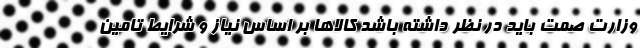
وزارت صمت باید در نظر داشته باشد کالاها بر اساس نیاز و شرایط تامین